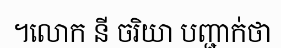
។លោក នី ចរិយា បញ្ជាក់ថា